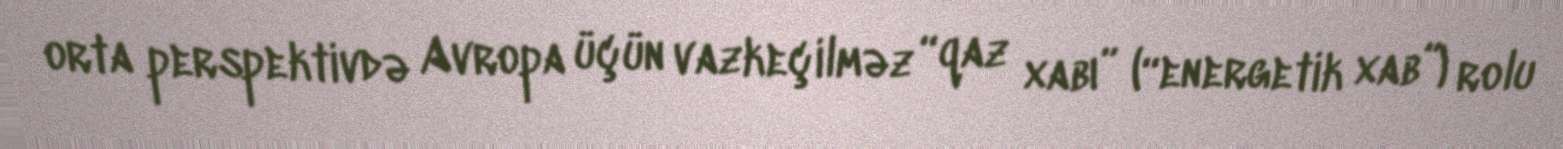
orta perspektivdə Avropa üçün vazkeçilməz “qaz xabı” (“energetik xab”) rolu